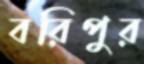
বরিপুর